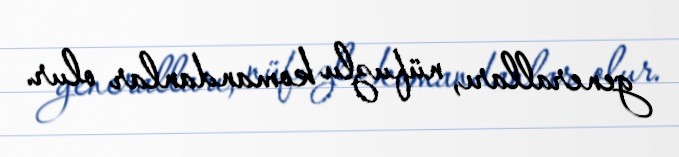
generalları, nüfuzlu komandanlar olur.